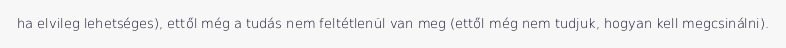
ha elvileg lehetséges), ettől még a tudás nem feltétlenül van meg (ettől még nem tudjuk, hogyan kell megcsinálni).